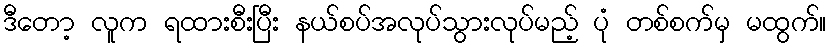
ဒီတော့ လူက ရထားစီးပြီး နယ်စပ်အလုပ်သွားလုပ်မည့် ပုံ တစ်စက်မှ မထွက်။